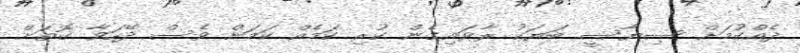
ދެއްކުމަށް ސިޔާސީ ބަޔަކު ރާވައިގެން ކުރި ކަމެއް ކަމަށް ވެސް ދޭހަވާ ގޮތަށް